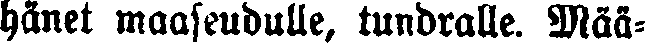
hänet maaseudulle, tundralle. Mää-